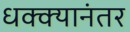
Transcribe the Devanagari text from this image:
धक्क्यानंतर